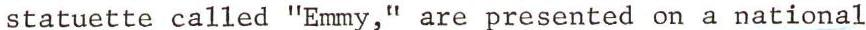
statuette called "Emmy," are presented on a national